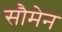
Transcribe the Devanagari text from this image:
सौमेन